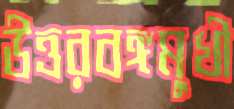
উত্তরবঙ্গমুখী